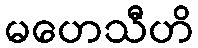
မဟေသီဟိ